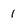
Character: 1